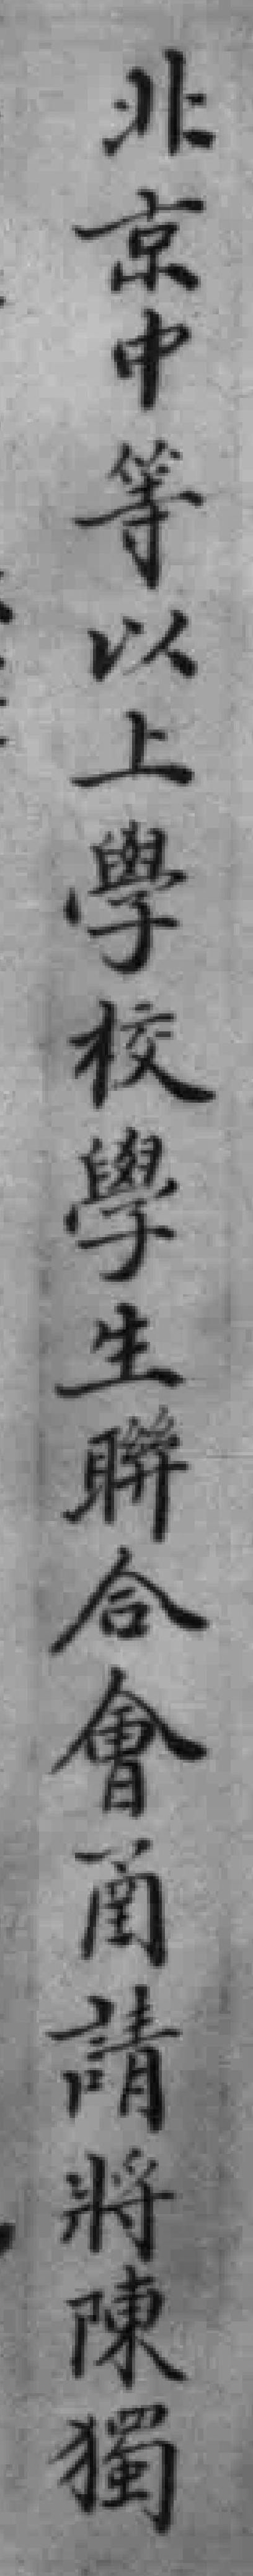
北京中等以上學校學生聯合會函請將陳獨